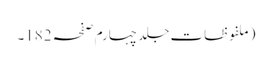
(ملفوظات جلد چہارم صفحہ 182۔